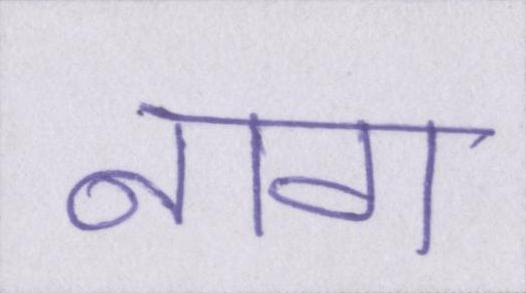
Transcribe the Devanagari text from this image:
नाग